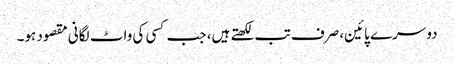
دوسرے پائین، صرف تب لکھتے ہیں، جب کسی کی واٹ لگانی مقصود ہو۔